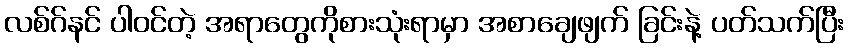
လစ်ဂ်နင် ပါဝင်တဲ့ အရာတွေကိုစားသုံးရာမှာ အစာချေဖျက် ခြင်းနဲ့ ပတ်သက်ပြီး